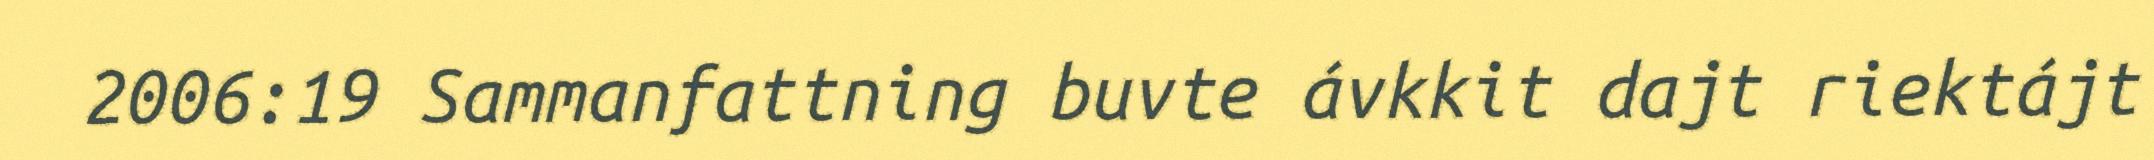
2006:19 Sammanfattning buvte ávkkit dajt riektájt